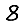
Digit: 8